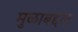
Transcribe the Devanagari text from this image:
मुळाबद्दल